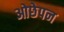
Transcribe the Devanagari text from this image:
ओछेपन